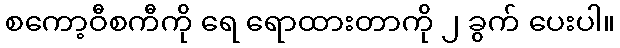
စကော့ဝီစကီကို ရေ ရောထားတာကို ၂ ခွက် ပေးပါ။